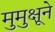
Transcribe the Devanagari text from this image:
मुमुक्षूने